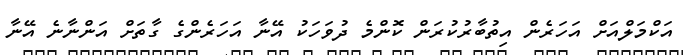
އަކްމަލްއަށް އަހަރެން އިތުބާރުކުރަން ކޮންމެ ދުވަހަކު އޭނާ އަހަރެންގެ ގާތަށް އަންނާނެ އޭނާ